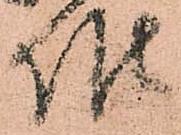
候